Document type: Anniversary endowment
Year: 1486
Scribe: Bartomeu Masons
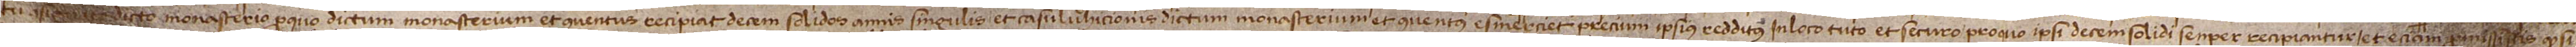
tu asignato dicto monasterio, per quo dictum monasterium et conventus recipiat, decem solidos annis singulis. Et casu luhicionis dictum monasterium et conventus esmerciet precium ipsius redditus in loco tuto et securo pro quo ipsi decem solidi semper recipiantur. Et etiam promissistis quod si